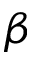
\beta